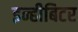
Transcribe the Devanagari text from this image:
इन्हीबिटर